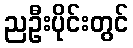
ညဦးပိုင်းတွင်